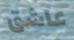
عاشق